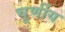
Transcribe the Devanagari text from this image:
चूर्णीय